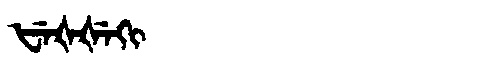
Manchu: ᡶᡝᡧᡧᡝᡴᡳ
Romanization: FEŠŠEKI